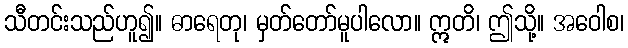
သီတင်းသည်ဟူ၍။ ဓာရေတု၊ မှတ်တော်မူပါလော။ ဣတိ၊ ဤသို့။ အဝေါစ၊